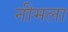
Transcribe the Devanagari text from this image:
नीमला